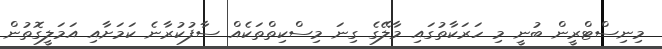
މިނިސްޓްރީން ބުނީ މި ހަރަކާތުގައި މާލޭގެ ގިނަ މިސްކިތްތަކެއް ސާފުކުރާނެ ކަމަށާއި އަމަލީގޮތުން